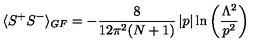
\langle S ^ { + } S ^ { - } \rangle _ { G F } = - \frac { 8 } { 1 2 \pi ^ { 2 } ( N + 1 ) } \left| p \right| \ln \left( \frac { \Lambda ^ { 2 } } { p ^ { 2 } } \right)